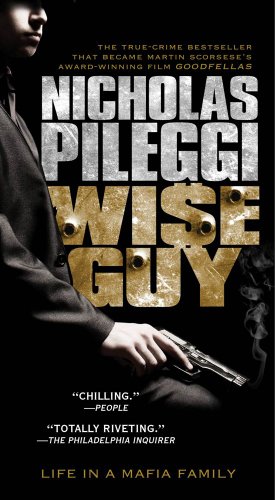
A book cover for Wiseguy; Nicholas Pileggi; Biographies & Memoirs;